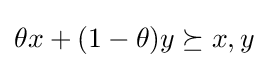
\theta x+(1-\theta )y\succeq x,y